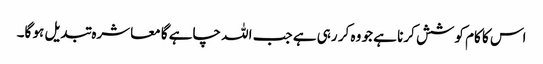
اس کا کام کوشش کرنا ہے جو وہ کر رہی ہے جب اللہ چاہے گا معاشرہ تبدیل ہو گا۔